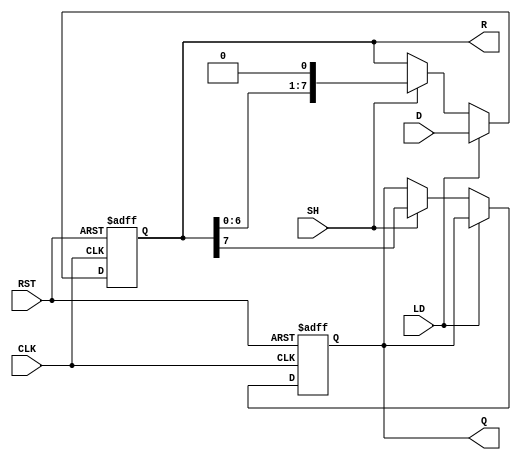
module PISO_Register (
    input wire [7:0] D,      // Data Input
    input wire LD,           // Load Signal
    input wire SH,           // Shift Signal
    input wire CLK,          // Clock Signal
    input wire RST,          // Reset Signal
    output reg Q,            // Serial Output
    output reg [7:0] R       // Register State
);

    // Asynchronous reset
    always @(posedge CLK or posedge RST) begin
        if (RST) begin
            R <= 8'b0;        // Clear the register
            Q <= 1'b0;        // Clear the serial output
        end else begin
            if (LD) begin
                R <= D;       // Load data from D into the register
            end else if (SH) begin
                Q <= R[7];    // Shift out the MSB to Q
                R <= {R[6:0], 1'b0}; // Shift left, inserting 0 at LSB
            end
        end
    end

endmodule